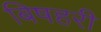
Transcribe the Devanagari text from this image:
बिषहरी